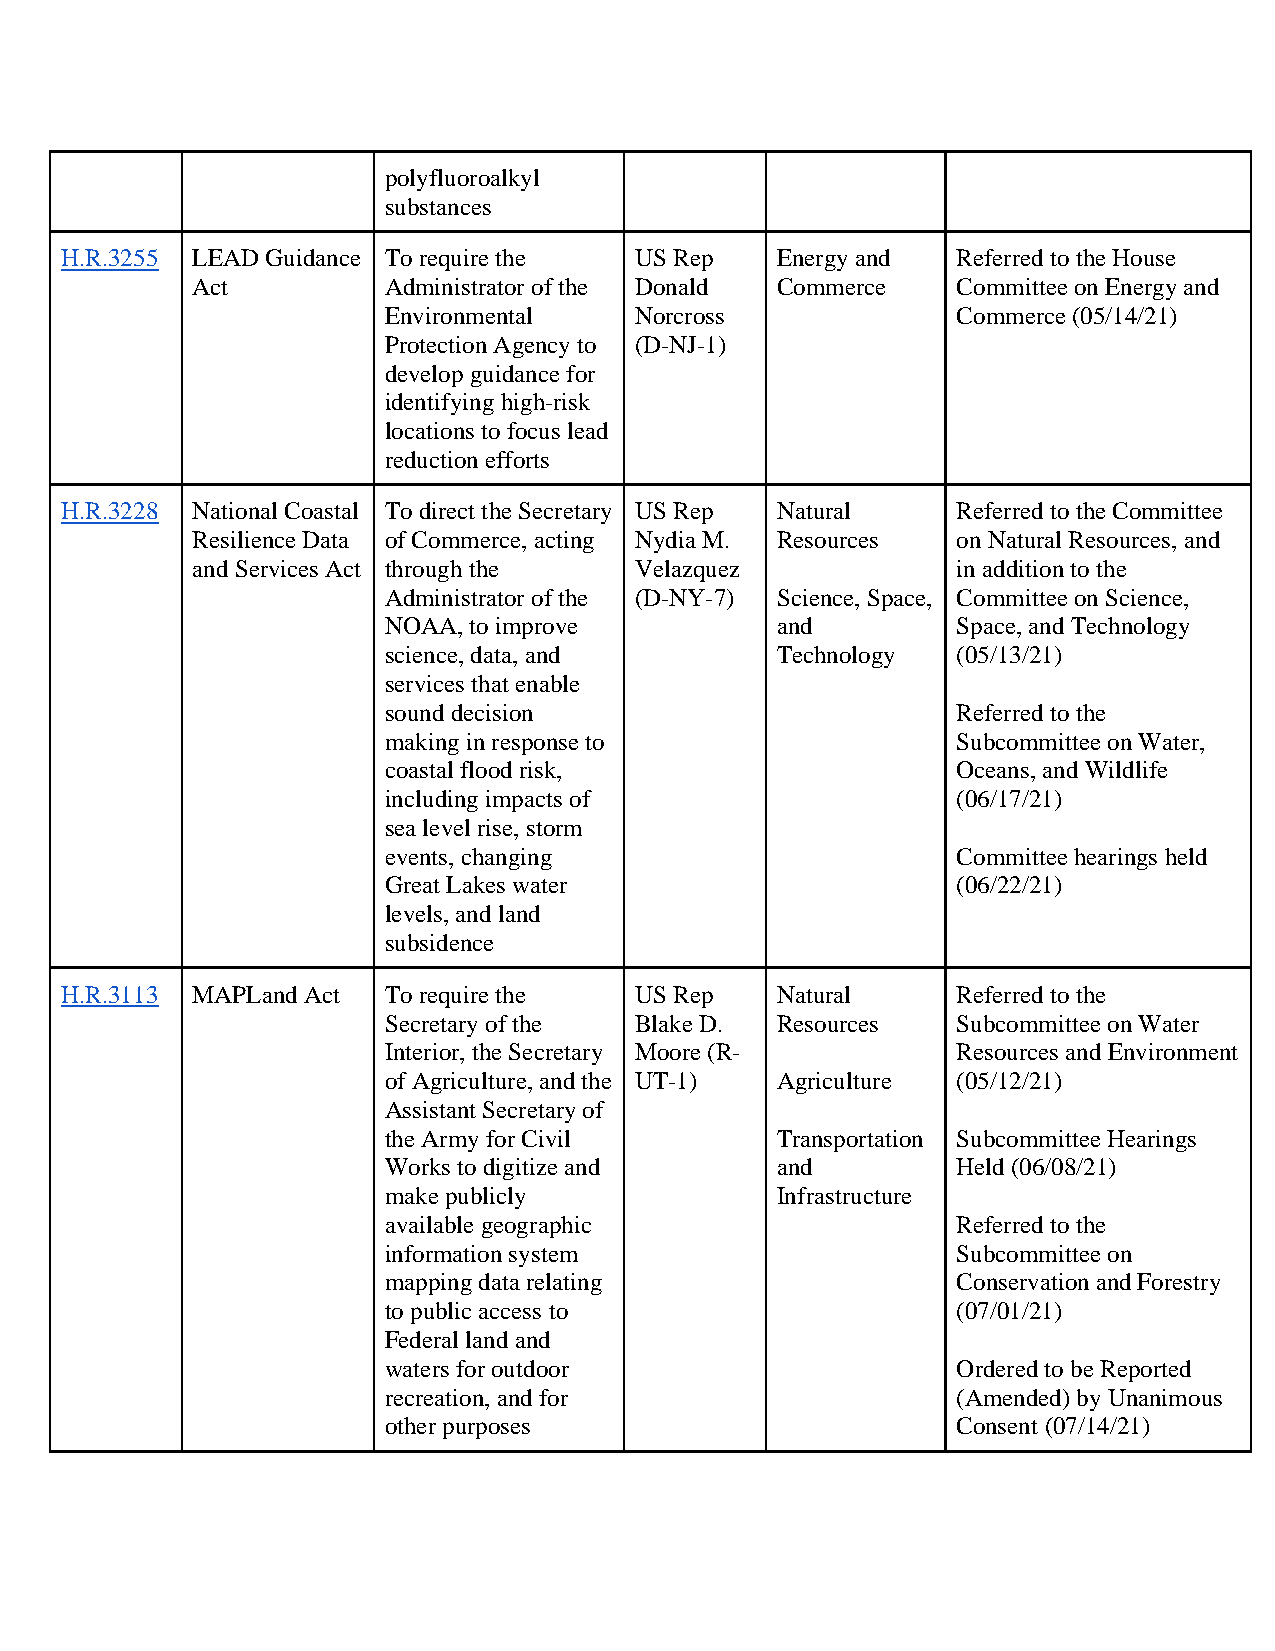
polyfluoroalkyl
 substances
 H.R.3255 LEAD Guidance To require the US Rep   Energy and  Referred to the House
 Act         Administrator of the Donald Commerce  Committee on Energy and
 Environmental    Norcross             Commerce (05/14/21)
 Protection Agency to (D-NJ-1)
 develop guidance for
 identifying high-risk
 locations to focus lead
 reduction efforts
 H.R.3228 National Coastal To direct the Secretary US Rep Natural Referred to the Committee
 Resilience Data of Commerce, acting Nydia M. Resources on Natural Resources, and
 and Services Act through the Velazquez            in addition to the
 Administrator of the (D-NY-7) Science, Space, Committee on Science,
 NOAA, to improve          and         Space, and Technology
 science, data, and        Technology  (05/13/21)
 services that enable
 sound decision                        Referred to the
 making in response to                 Subcommittee on Water,
 coastal flood risk,                   Oceans, and Wildlife
 including impacts of                  (06/17/21)
 sea level rise, storm
 events, changing                      Committee hearings held
 Great Lakes water                     (06/22/21)
 levels, and land
 subsidence
 H.R.3113 MAPLand Act To require the   US Rep   Natural     Referred to the
 Secretary of the Blake D. Resources   Subcommittee on Water
 Interior, the Secretary Moore (R-     Resources and Environment
 of Agriculture, and the UT-1) Agriculture (05/12/21)
 Assistant Secretary of
 the Army for Civil        Transportation Subcommittee Hearings
 Works to digitize and     and         Held (06/08/21)
 make publicly             Infrastructure
 available geographic                  Referred to the
 information system                    Subcommittee on
 mapping data relating                 Conservation and Forestry
 to public access to                   (07/01/21)
 Federal land and
 waters for outdoor                    Ordered to be Reported
 recreation, and for                   (Amended) by Unanimous
 other purposes                        Consent (07/14/21)